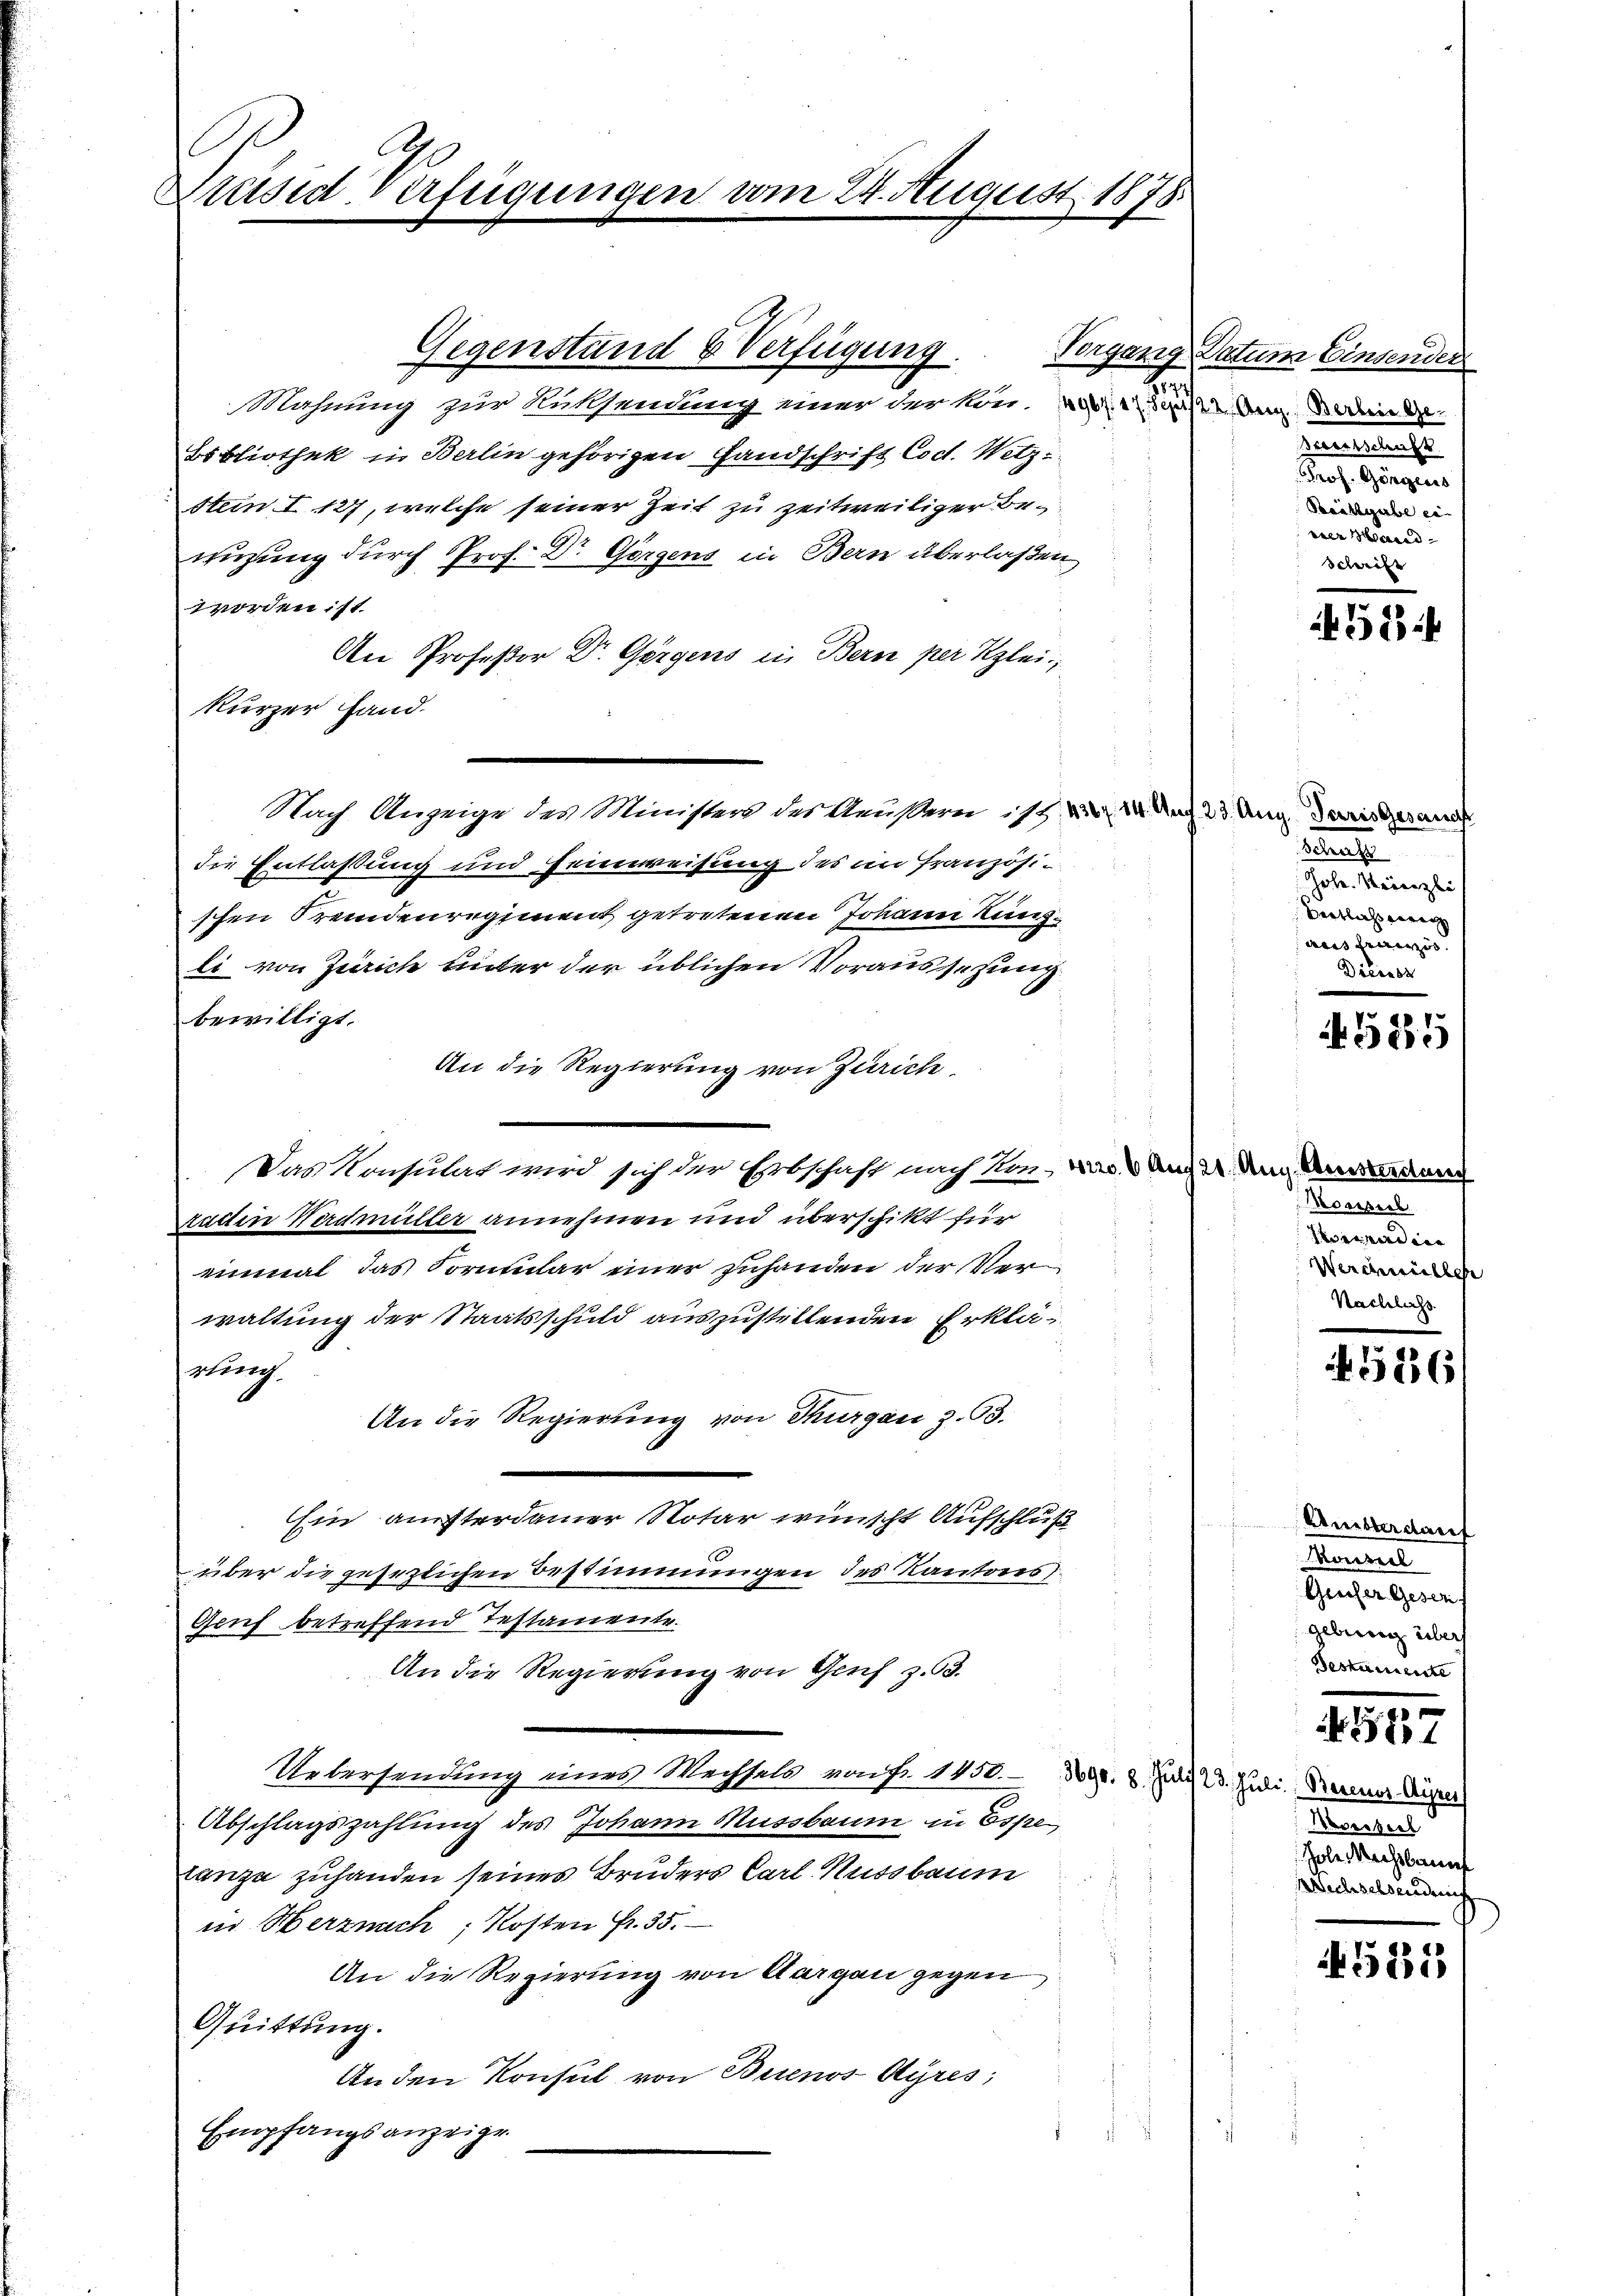
Wrüsid Verfügungen vom 24. August 1878.

Gegenstand & Verfügung.
n
Mahnung zur Rüksendung einer der konn. ad 2. An den d
Bibliothek in Berlin gehörigen Handschrift Cod. Witz¬
Stein I 127, welche seiner Zeit zu zeitweiliger Bewuzung durch Prof. Dr Görgens in Bern überlaßen
worden ist
An Profeßor Dr. Görgens in Bern per Klei
kurzer Hand.
Nach Anzeige des Ministers des Aeußern s. v. 14 Art. 23. Aug. daris gesand
die Entlaßung und Heinweisung des im Französischen Fremdenregiment getretenen Johann Lung
li von Zürich hinter der üblichen Voraussezung.
bewilligt.
An die Regierung von Zürich
Das Konsulat wird sich der Erbschaft nach kon- und 3 und 2. Und Anwenden
rattin Werdmüller annehmen und überschikt für
einmal das Formular einer zuhanden der Verwaltung der Staatsschuld auszustellenden Erklär
rling
An die Regierung von Thurgau Z. 63.
Ein austerdamer Notar wünscht Aufschluß
über die gesezlichen Bestimmungen des Kantons
Gruf betreffend Testamente.
An die Regierung von Genf z. 93.
Uebersendung eines Wechsels von Fr. 1450. 3690. 2. Juli 23. Juli, Berner Piper
Abschlagszahlung des Johann Mussbaum in Espe
tanza zuhanden seines Bruders Carl Kussbaum
in Herznach, Kosten Fr. 35.
An die Regierung von Aargau gegen
Quittung.
Anden Konsul von Buenos Ayres,
Empfangsanzeige.

Vorgang Datum Einsender
Braentschaft
Prof. Görgens
Beistgabe er- |
wer Maced
dehei

if. 52

Senat
Jole. Vierzli
Verlassung
aas französ.
Dieisse

0
50

Moesieb
rependien |
Werdmüller
Nachlass

136/

Amisterdauf
Rentel
Gescher Geser
Gebierenz übert
Bestamente

Konseil
ole Machtbarunt
echselsendung

d
N 581

5881